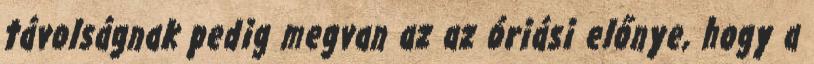
távolságnak pedig megvan az az óriási előnye, hogy a